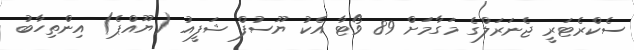
ސެކްރެޓަރީ ޖެނަރަލްގެ މަގާމަށް 89 ވޯޓާ އެކު ޔޫސުފް ޝަފީއު (ޔޫއްޕެ) އިންތިހާބު